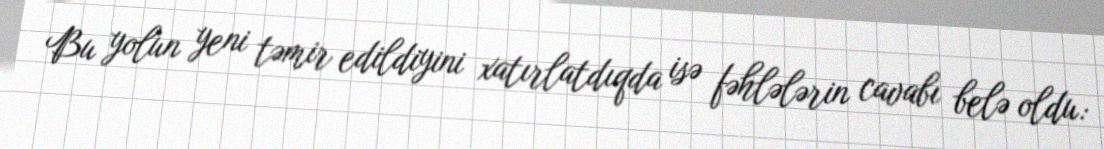
Bu yolun yeni təmir edildiyini xatırlatdıqda isə fəhlələrin cavabı belə oldu: